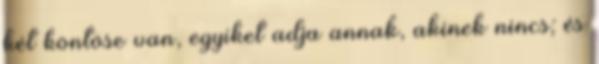
két köntöse van, egyiket adja annak, akinek nincs; és